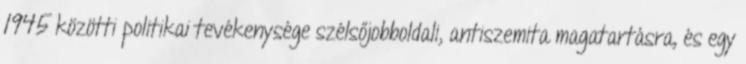
1945 közötti politikai tevékenysége szélsőjobboldali, antiszemita magatartásra, és egy